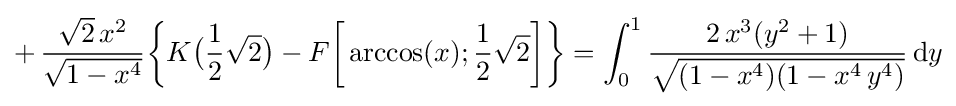
+\,{\frac {{\sqrt {2}}\,x^{2}}{\sqrt {1-x^{4}}}}{\biggl \{}K{\bigl (}{\frac {1}{2}}{\sqrt {2}}{\bigr )}-F{\biggl [}\arccos(x);{\frac {1}{2}}{\sqrt {2}}{\biggr ]}{\biggr \}}=\int _{0}^{1}{\frac {2\,x^{3}(y^{2}+1)}{\sqrt {(1-x^{4})(1-x^{4}\,y^{4})}}}\,\mathrm {d} y